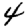
Digit: 4